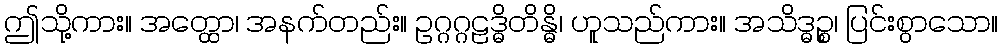
ဤသို့ကား။ အတ္ထော၊ အနက်တည်း။ ဥဂ္ဂဂ္ဂဠဒ္ဓိတိန္ဓိ၊ ဟူသည်ကား။ အသိဒ္ဓဉ္စ၊ ပြင်းစွာသော။